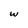
Character: w